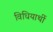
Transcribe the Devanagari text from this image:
विधियार्थी